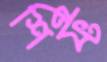
শিফ্ট